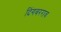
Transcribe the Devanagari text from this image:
दिंगबरराव